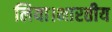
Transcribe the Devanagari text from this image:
लिया।भारतीय